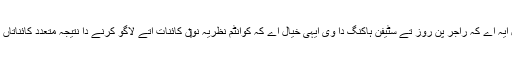
قابلِ ذکر گل ایہ اے کہ راجر پن روز تے سٹیفن ہاکنگ دا وی ایہی خیال اے کہ کوانٹم نظریہ نو‏‏ں کائنات اُتے لاگو کرنے دا نتیجہ متعدد کائناتاں ہی ہوئے گا۔